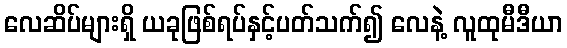
လေဆိပ်များရှိ ယခုဖြစ်ရပ်နှင့်ပတ်သက်၍ လေနဲ့ လူထုမီဒီယာ